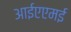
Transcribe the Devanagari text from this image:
आईएएमई